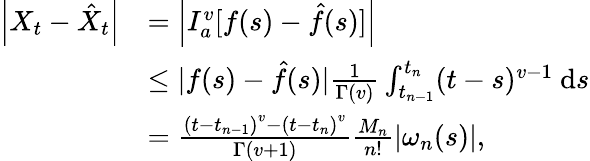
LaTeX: \begin{array}{rl}{\left|X_{t}-\hat{X}_{t}\right|}&{=\left|I_{a}^{v}[f(s)-\hat{f}(s)]\right|}\\ &{\leq|f(s)-\hat{f}(s)|\frac{1}{\Gamma(v)}\int_{t_{n-1}}^{t_{n}}(t-s)^{v-1}\mathrm{~d}s}\\ &{=\frac{\left(t-t_{n-1}\right)^{v}-\left(t-t_{n}\right)^{v}}{\Gamma(v+1)}\frac{M_{n}}{n!}\left|\omega_{n}(s)\right|,}\end{array}